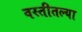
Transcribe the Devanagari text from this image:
वस्तीतल्या